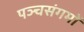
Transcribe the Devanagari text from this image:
पञ्चसंगमों